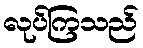
လုပ်ကြသည်